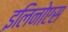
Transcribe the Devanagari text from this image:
इलिनोएस